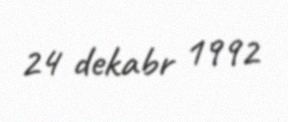
24 dekabr 1992